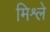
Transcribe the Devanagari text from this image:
मिश्ले